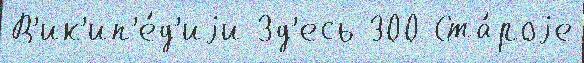
В'ик'ип'е́д'иjи Зд'есь 300 Ста́роjе